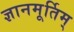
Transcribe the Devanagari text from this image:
ज्ञानमूर्तिम्